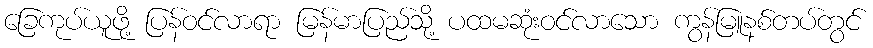
ခြေကုပ်ယူဖို့ ပြန်ဝင်လာရာ မြန်မာပြည်သို့ ပထမဆုံးဝင်လာသော ကွန်မြူနစ်တပ်တွင်